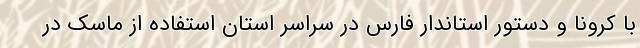
با کرونا و دستور استاندار فارس در سراسر استان استفاده از ماسک در